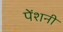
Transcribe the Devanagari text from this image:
पेंशनी